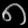
Digit: ၈